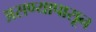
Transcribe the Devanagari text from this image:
असण्यापासून